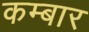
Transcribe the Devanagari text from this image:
कम्बार